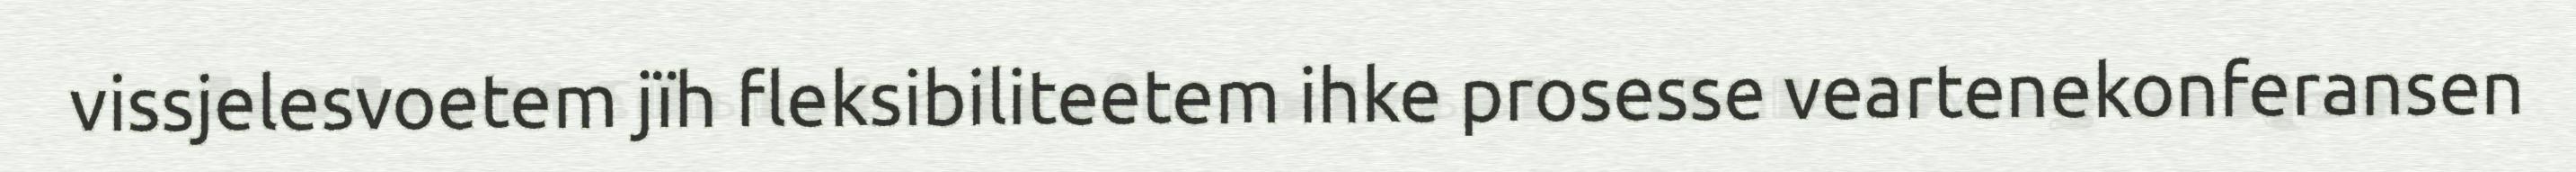
vissjelesvoetem jïh fleksibiliteetem ihke prosesse veartenekonferansen